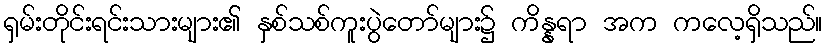
ရှမ်းတိုင်းရင်းသားများ၏ နှစ်သစ်ကူးပွဲတော်များ၌ ကိန္နရာ အက ကလေ့ရှိသည်။